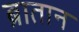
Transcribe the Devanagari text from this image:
ब्रातान